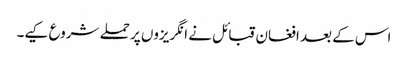
اس کے بعد افغان قبائل نے انگریزوں پر حملے شروع کیے۔